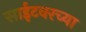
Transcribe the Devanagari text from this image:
साईटवरच्या